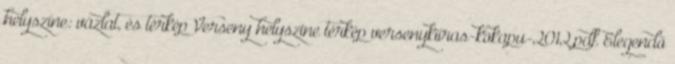
helyszíne: vázlat, és térkép Verseny helyszine térkép versenykiiras-kokapu-2012.pdf Elegendő